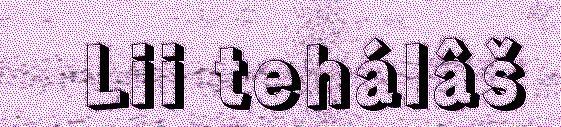
Lii tehálâš